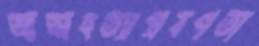
আত্মহত্যাপ্রবণতা